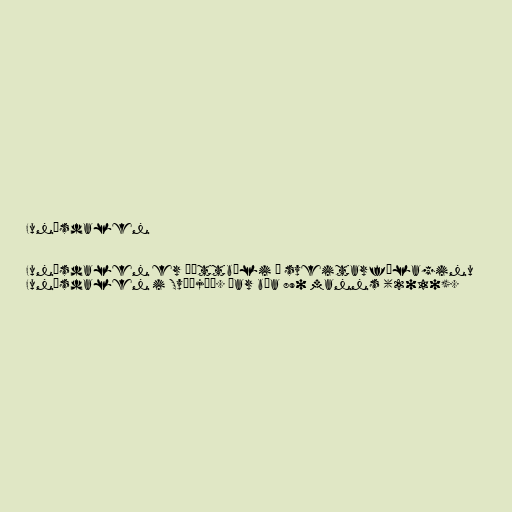
Funäsdalen

Funäsdalen er þéttbýli í sveitarfélaginu
Funäsdalen i Svíþjóð. Þar búa 890 manns (2010).